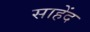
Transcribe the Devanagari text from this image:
साहेंद